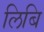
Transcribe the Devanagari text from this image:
लिबि